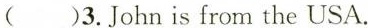
( )3.John is from the USA.